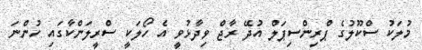
މުލަކު ސްކޫލުގެ ޕްރިންސިޕަލް އުދޭ ރާޖް ވިދާޅުވީ އެ ހޯލަކީ ސްރީލަންކާގައި ހުންނަ